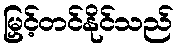
မြှင့်တင်နိုင်သည်